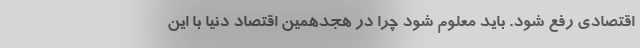
اقتصادی رفع شود. باید معلوم شود چرا در هجدهمین اقتصاد دنیا با این